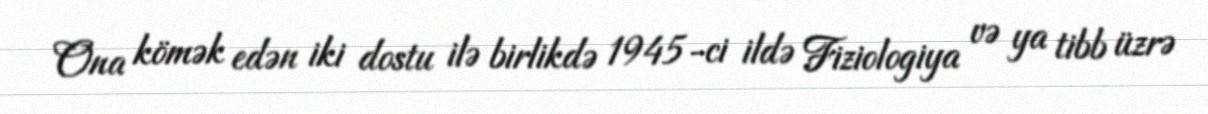
Ona kömək edən iki dostu ilə birlikdə 1945-ci ildə Fiziologiya və ya tibb üzrə